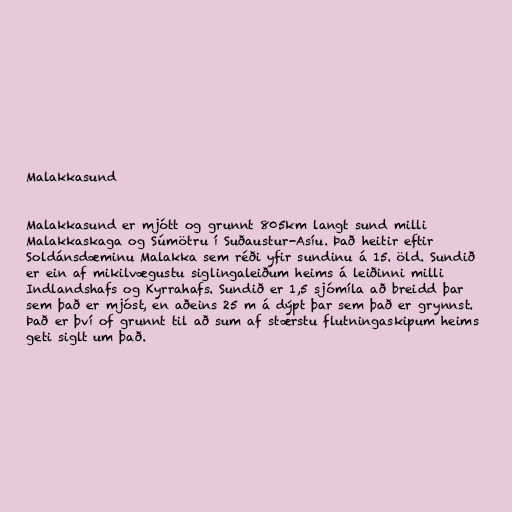
Malakkasund

Malakkasund er mjótt og grunnt 805km langt sund milli
Malakkaskaga og Súmötru í Suðaustur-Asíu. Það heitir eftir
Soldánsdæminu Malakka sem réði yfir sundinu á 15. öld. Sundið
er ein af mikilvægustu siglingaleiðum heims á leiðinni milli
Indlandshafs og Kyrrahafs. Sundið er 1,5 sjómíla að breidd þar
sem það er mjóst, en aðeins 25 m á dýpt þar sem það er grynnst.
Það er því of grunnt til að sum af stærstu flutningaskipum heims
geti siglt um það.